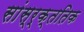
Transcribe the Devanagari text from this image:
सांस्र्क्ततिक